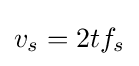
v_{s}=2tf_{s}